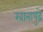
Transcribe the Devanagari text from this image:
खानापुढे